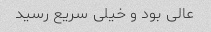
عالی بود و خیلی سریع رسید